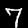
Digit: 7